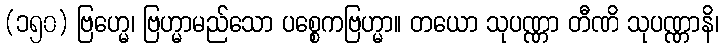
(၁၅၀) ဗြဟ္မေ၊ ဗြဟ္မာမည်သော ပစ္စေကဗြဟ္မာ။ တယော သုပဏ္ဏာ တီဏိ သုပဏ္ဏာနိ၊